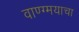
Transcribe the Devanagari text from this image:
वाण्ग्मयाचा